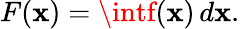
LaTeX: F(\mathbf{x})=\intf(\mathbf{x})\, d\mathbf{x}.